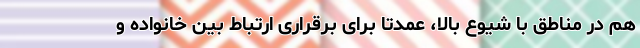
هم در مناطق با شیوع بالا، عمدتا برای برقراری ارتباط بین خانواده و